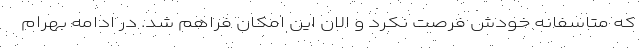
که متاسفانه خودش فرصت نکرد و الان این امکان فراهم شد. در ادامه بهرام